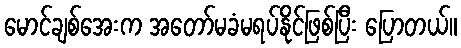
မောင်ချစ်အေးက အတော်မခံမရပ်နိုင်ဖြစ်ပြီး ပြောတယ်။